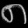
Digit: ၈